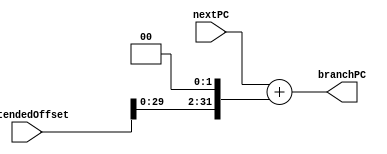
module BranchPC(nextPC, extendedOffset, branchPC);
	input [31:0] nextPC;
	input [31:0] extendedOffset;
	output reg[31:0] branchPC;
	
	always@(*)
		begin
		branchPC = nextPC + (extendedOffset << 2);
		end
endmodule